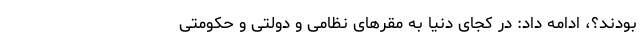
بودند؟، ادامه داد: ‌در کجای دنیا به مقرهای نظامی و دولتی و حکومتی